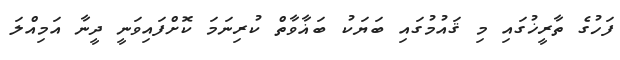
ފަހުގެ ތާރީޚުގައި މި ޤައުމުގައި ބަޔަކު ބަޣާވާތް ކުރިނަމަ ކޮށްފައިވަނީ ދީނާ އަމިއްލަ